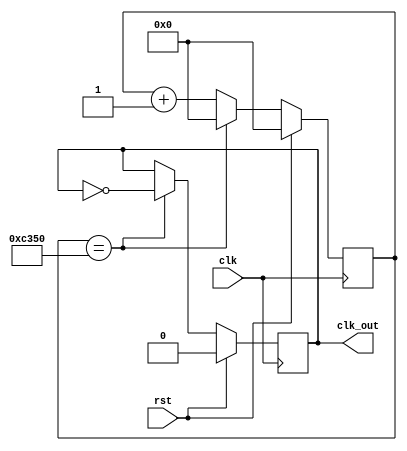
`timescale 1ns / 1ps
//////////////////////////////////////////////////////////////////////////////////
// Company: 
// Engineer: 
// 
// Design Name: 
// Module Name:    clk_divider 
// Project Name: 
// Target Devices: 
// Tool versions: 
// Description: 
//
// Dependencies: 
//
// Revision: 
// Revision 0.01 - File Created
// Additional Comments: 
//
//////////////////////////////////////////////////////////////////////////////////
module clk_divider(clk, clk_out, rst);
	input clk, rst;
	output reg clk_out;
	reg [31:0] counter; 

	always @(posedge clk)
	begin
		if(rst)
		begin
			counter <= 0;
			clk_out <= 0;
		end
		else
		begin
			counter <= counter + 32'b1;
			if(counter == 32'd50000)
			begin
				clk_out <= ~clk_out;
				counter <= 0;
			end
		end
	end
	
endmodule